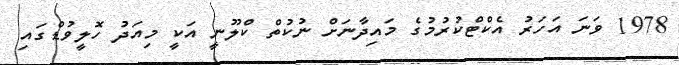
1978 ވަނަ އަހަރު އެކްޓްކުރުމުގެ މައިދާނަށް ނުކުތް ކްލޫނީ އަކީ މިއަދު ހޮލީވުޑްގައި